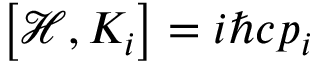
\left[ { \mathcal { H } } , K _ { i } \right] = i \hbar c p _ { i }